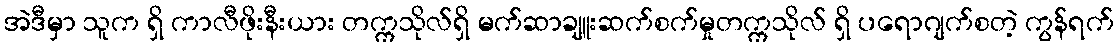
အဲဒီမှာ သူက ရှိ ကာလီဖိုးနီးယား တက္ကသိုလ်ရှိ မက်ဆာချူးဆက်စက်မှုတက္ကသိုလ် ရှိ ပရောဂျက်စတဲ့ ကွန်ရက်